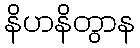
နိဟနိတွာန